Annual report on the Civil Veterinary Department, Burma (including the Insein Veterinary School) - 1910-1922
Year: 1910
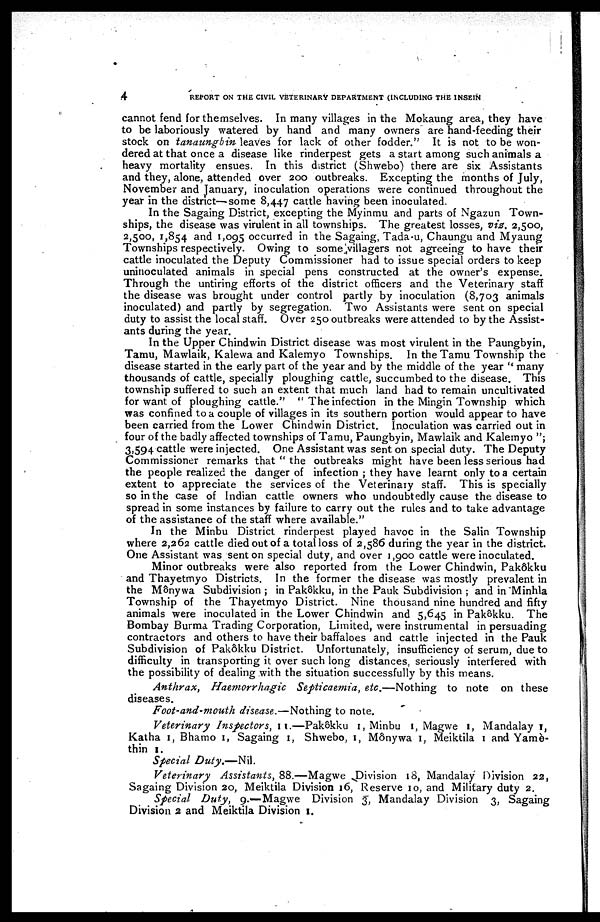
4
REPORT ON THE CIVIL VETERINARY DEPARTMENT (INCLUDING THE INSEIN
cannot fend for themselves. In many villages in the Mokaung area, they have
to be laboriously watered by hand and many owners are hand-feeding their
stock on tanaung bin leaves for lack of other fodder." It is not to be won-
dered at that once a disease like rinderpest gets a start among such animals a
heavy mortality ensues. In this district (Shwebo) there are six Assistants
and they, alone, attended over 200 outbreaks. Excepting the months of July,
November and January, inoculation operations were continued throughout the
year in the district—some 8,447 cattle having been inoculated.
In the Sagaing District, excepting the Myinmu and parts of Ngazun Town-
ships, the disease was virulent in all townships. The greatest losses, viz. 2,500,
2,500, 1,854 and 1,095 occurred in the Sagaing, Tada-u, Chaungu and Myaung
Townships respectively. Owing to some villagers not agreeing to have their
cattle inoculated the Deputy Commissioner had to issue special orders to keep
uninoculated animals in special pens constructed at the owner's expense.
Through the untiring efforts of the district officers and the Veterinary staff
the disease was brought under control partly by inoculation (8,703 animals
inoculated) and partly by segregation. Two Assistants were sent on special
duty to assist the local staff. Over 250 outbreaks were attended to by the Assist-
ants during the year.
In the Upper Chindwin District disease was most virulent in the Paungbyin,
Tamu, Mawlaik, Kalewa and Kalemyo Townships. In the Tamu Township the
disease started in the early part of the year and by the middle of the year " many
thousands of cattle, specially ploughing cattle, succumbed to the disease. This
township suffered to such an extent that much land had to remain uncultivated
for want of ploughing cattle." "The infection in the Mingin Township which
was confined to a couple of villages in its southern portion would appear to have
been carried from the Lower Chindwin District. Inoculation was carried out in
four of the badly affected townships of Tamu, Paungbyin, Mawlaik and Kalemyo ";
3,594 cattle were injected. One Assistant was sent on special duty. The Deputy
Commissioner remarks that " the outbreaks might have been less serious had
the people realized the danger of infection ; they have learnt only to a certain
extent to appreciate the services of the Veterinary staff. This is specially
so in the case of Indian cattle owners who undoubtedly cause the disease to
spread in some instances by failure to carry out the rules and to take advantage
of the assistance of the staff where available."
In the Minbu District rinderpest played havoc in the Salin Township
where 2,262 cattle died out of a total loss of 2,586 during the year in the district.
One Assistant was sent on special duty, and over 1,900 cattle were inoculated.
Minor outbreaks were also reported from the Lower Chindwin, Pakôkku
and Thayetmyo Districts. In the former the disease was mostly prevalent in
the Mônywa Subdivision ; in Pakôkku, in the Pauk Subdivision ; and in Minhla
Township of the Thayetmyo District. Nine thousand nine hundred and fifty
animals were inoculated in the Lower Chindwin and 5,645 in Pakôkku. The
Bombay Burma Trading Corporation, Limited, were instrumental in persuading
contractors and others to have their baffaloes and cattle injected in the Pauk
Subdivision of Pakôkku District. Unfortunately, insufficiency of serum, due to
difficulty in transporting it over such long distances, seriously interfered with
the possibility of dealing with the situation successfully by this means.
Anthrax, Haeniorrhagic Septicaemia, etc.—Nothing to note on these
diseases.
Foot-and-mouth disease.—Nothing to note.
Veterinary Inspectors, 11.—Pakôkku 1, Minbu 1, Magwe 1, Mandalay 1,
Katha 1, Bhamo 1, Sagaing 1, Shwebo, 1, Mônywa 1, Meiktila 1 and Yamè-
thin 1.
Special Duty.—Nil.
Veterinary Assistants, 88.—Magwe Division 18, Mandalay Division 22,
Sagaing Division 20, Meiktila Division 16, Reserve 10, and Military duty 2.
Special Duty, 9.—Magwe Division 3, Mandalay Division 3, Sagaing
Division 2 and Meiktila Division 1.